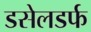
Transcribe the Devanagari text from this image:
डसेलडर्फ